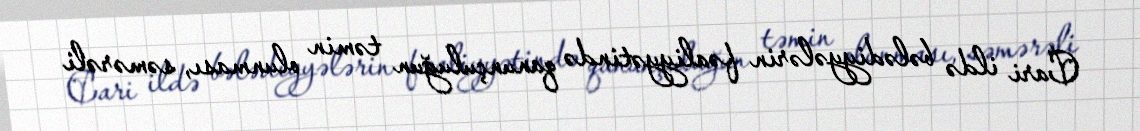
Cari ildə bələdiyyələrin fəaliyyətində qanunçuluğun təmin olunması, səmərəli